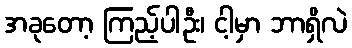
အခုတော့ ကြည့်ပါဦး၊ ငါ့မှာ ဘာရှိလဲ